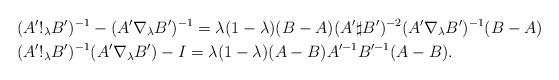
LaTeX: \begin{align*}&(A'!_\lambda B')^{-1}-(A'\nabla_\lambda B')^{-1}=\lambda(1-\lambda)(B-A)(A'\sharp B')^{-2}(A'\nabla_\lambda B')^{-1}(B-A)\\& (A'!_\lambda B')^{-1}(A'\nabla_\lambda B')-I=\lambda(1-\lambda)(A-B)A'^{-1}B'^{-1}(A-B).\end{align*}